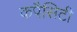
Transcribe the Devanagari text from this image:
कपैसिटी